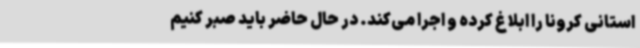
استانی کرونا را ابلاغ کرده و اجرا می‌کند. در حال حاضر باید صبر کنیم